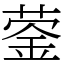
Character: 蓥